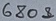
Text: 680Ω